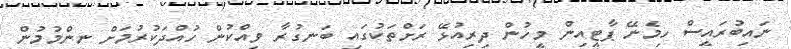
ނައިބުރައީސް ހިމެނޭ ޕާޓީއިން މީހުން ދިރިއުޅޭ ރަށްތަކުގައި ބަނގުރާ ވިއްކުން ހުއްދަކުރުމަށް ނިންމުމުން